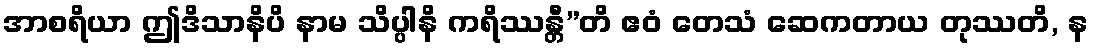
အာစရိယာ ဤဒိသာနိပိ နာမ သိပ္ပါနိ ကရိဿန္တီ”တိ ဧဝံ တေသံ ဆေကတာယ တုဿတိ, န